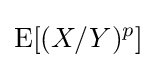
\operatorname {E} [(X/Y)^{p}]